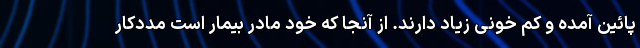
پائین آمده و کم خونی زیاد دارند. از آنجا که خود مادر بیمار است مددکار